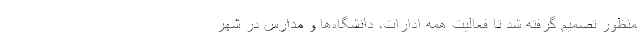
منظور تصمیم گرفته شد تا فعالیت همه ادارات، دانشگاه‌ها و مدارس در شهر